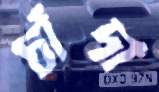
চাঁদা